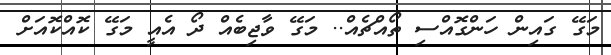
މަގޭ ގައިން ހަންގޮއްސި ތޯއްޗެއް.. މަގޭ ވާޖިބެއް ދޯ އެއީ މަގޭ ކޮއްކޮއަށް